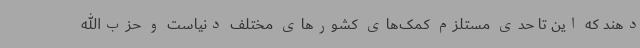
دهند که این تا حدی مستلزم کمک‌های کشورهای مختلف دنیاست و حزب‌الله